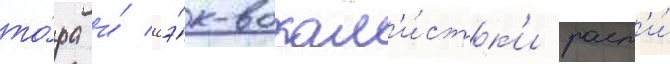
то́ра и́ бэ́к-вокал'и́стк'и раст'и́